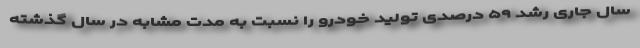
سال جاری رشد ۵۹ درصدی تولید خودرو را نسبت به مدت مشابه در سال گذشته